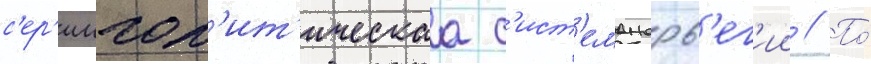
с'ер'иипол'ит'ическаа с'ист'еманорв'ег'ии // По́